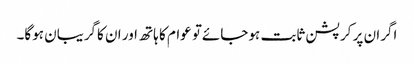
اگران پر کرپشن ثابت ہوجائےتو عوام کا ہاتھ اور ان کاگریبان ہوگا۔